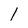
Character: 1